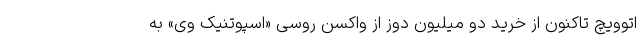
اتوویچ تاکنون از خرید دو میلیون دوز از واکسن روسی «اسپوتنیک وی» به